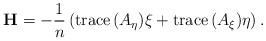
LaTeX: \begin{align*}\mathbf{H}=-\dfrac{1}{n}\left(\mathrm{trace}\,(A_{\eta})\xi+\mathrm{trace}\,(A_{\xi})\eta\right).\end{align*}